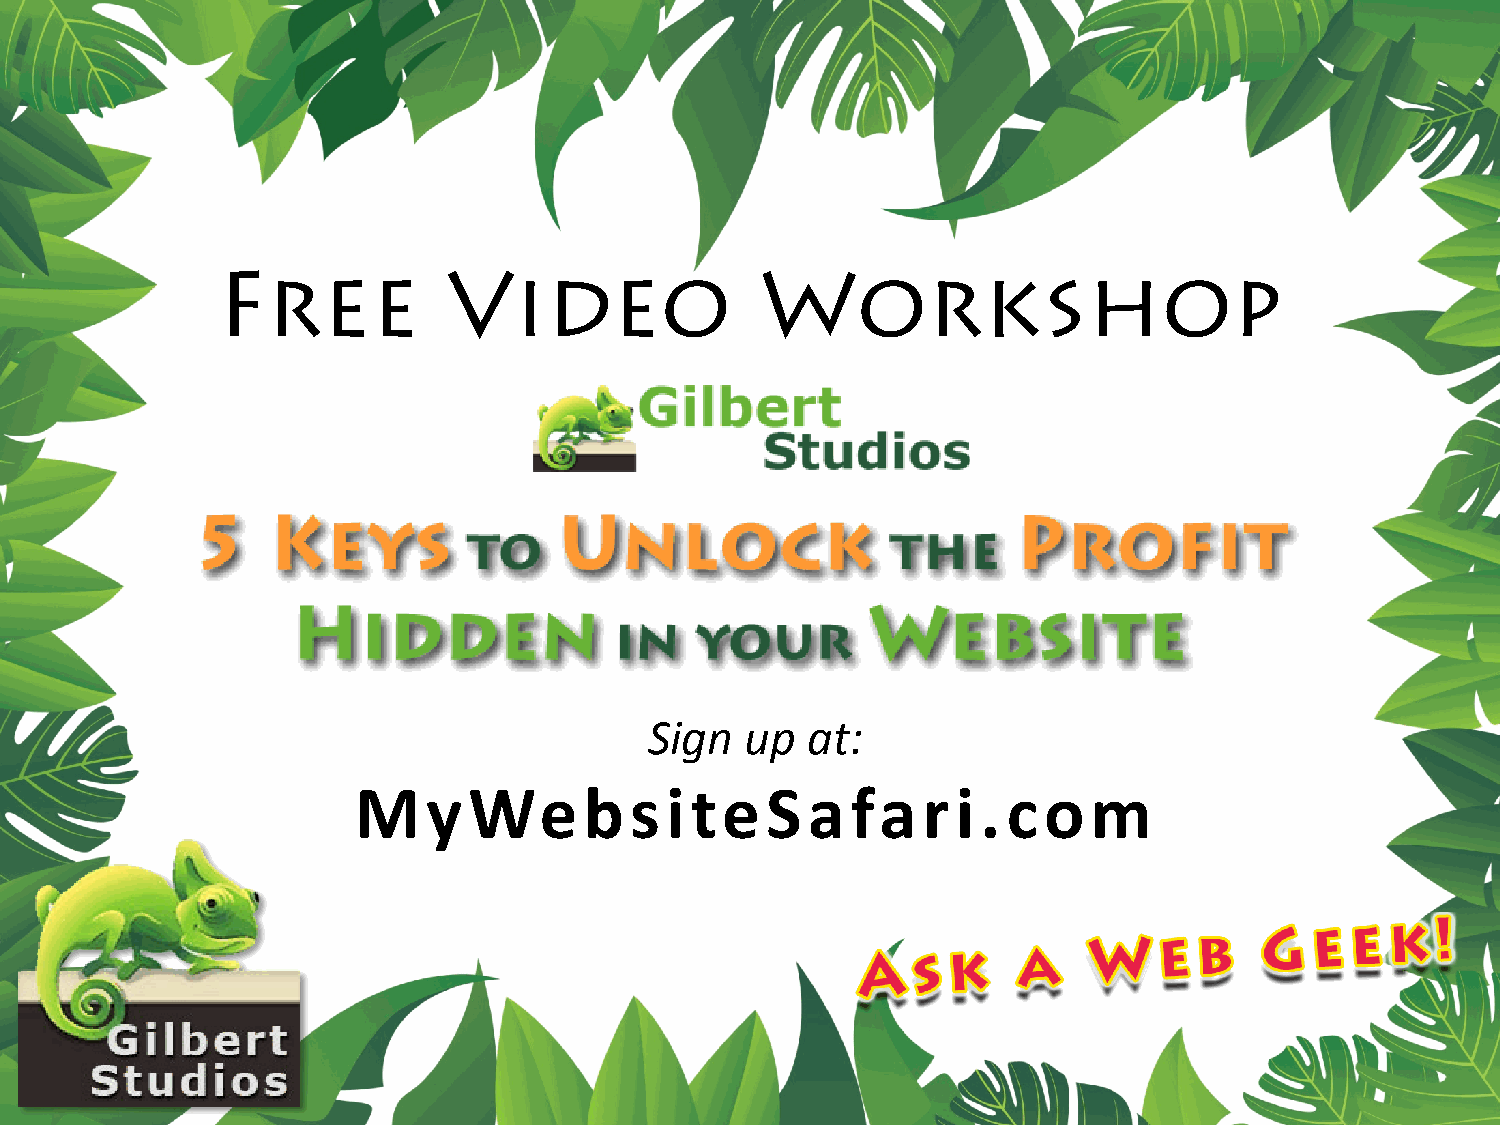
Free            Video               Workshop
 Sign  up  at:
 MyWe            bs   i te   S afar      i .com